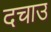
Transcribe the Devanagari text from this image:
दचाउ